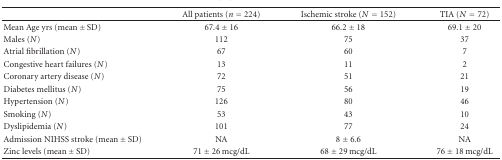
<table><thead><tr><td></td><td><b>All patients (<i>n</i> = 224)</b></td><td><b>Ischemic stroke (<i>N</i> = 152)</b></td><td><b>TIA (<i>N</i> = 72)</b></td></tr></thead><tbody><tr><td>Mean Age yrs (mean ± SD)</td><td>67.4 ± 16</td><td>66.2 ± 18</td><td>69.1 ± 20</td></tr><tr><td>Males (<i>N</i>)</td><td>112</td><td>75</td><td>37</td></tr><tr><td>Atrial fibrillation (<i>N</i>)</td><td>67</td><td>60</td><td>7</td></tr><tr><td>Congestive heart failures (<i>N</i>)</td><td>13</td><td>11</td><td>2</td></tr><tr><td>Coronary artery disease (<i>N</i>)</td><td>72</td><td>51</td><td>21</td></tr><tr><td>Diabetes mellitus (<i>N</i>)</td><td>75</td><td>56</td><td>19</td></tr><tr><td>Hypertension (<i>N</i>)</td><td>126</td><td>80</td><td>46</td></tr><tr><td>Smoking (<i>N</i>)</td><td>53</td><td>43</td><td>10</td></tr><tr><td>Dyslipidemia (<i>N</i>)</td><td>101</td><td>77</td><td>24</td></tr><tr><td>Admission NIHSS stroke (mean ± SD)</td><td>NA</td><td>8 ± 6.6</td><td>NA</td></tr><tr><td>Zinc levels (mean ± SD)</td><td>71 ± 26 mcg/dL</td><td>68 ± 29 mcg/dL</td><td>76 ± 18 mcg/dL</td></tr></tbody></table>